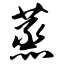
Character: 蒸